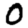
Digit: 0